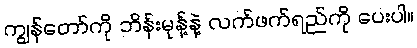
ကျွန်တော်ကို ဘိန်းမုန့်နဲ့ လက်ဖက်ရည်ကို ပေးပါ။